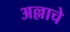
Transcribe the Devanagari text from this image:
अल्लाचे